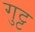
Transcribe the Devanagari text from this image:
गुट्ट